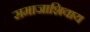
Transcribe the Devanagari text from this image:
समाजाशिवाय